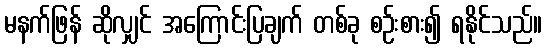
မနက်ဖြန် ဆိုလျှင် အကြောင်းပြချက် တစ်ခု စဉ်းစား၍ ရနိုင်သည်။